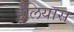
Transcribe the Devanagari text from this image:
ईलियास